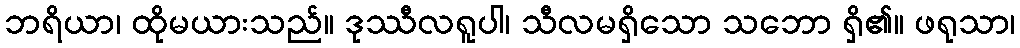
ဘရိယာ၊ ထိုမယားသည်။ ဒုဿီလရူပါ၊ သီလမရှိသော သဘော ရှိ၏။ ဖရုသာ၊